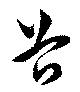
谷